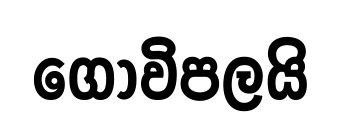
ගොවිපලයි